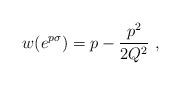
LaTeX: \begin{align*}w (e^{p\sigma}) = p - {p^2 \over 2 Q^2} \ ,\end{align*}